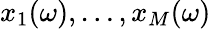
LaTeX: x_{1}(\omega),\ldots,x_{M}(\omega)